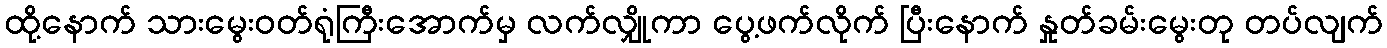
ထို့နောက် သားမွေးဝတ်ရုံကြီးအောက်မှ လက်လျှိုကာ ပွေ့ဖက်လိုက် ပြီးနောက် နှုတ်ခမ်းမွေးတု တပ်လျက်